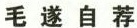
毛遂自荐